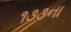
૧૩૩ના